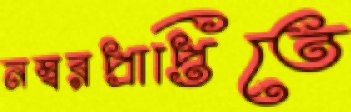
নম্বরপ্রাপ্তিতে